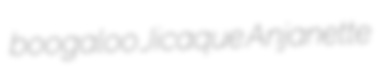
boogaloo Jicaque Anjanette